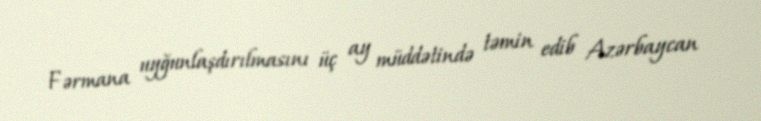
Fərmana uyğunlaşdırılmasını üç ay müddətində təmin edib Azərbaycan